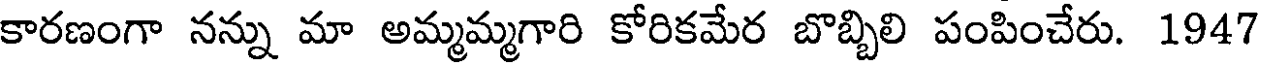
కారణంగా నన్ను మా అమ్మమ్మగారి కోరికమేర బొబ్బిలి పంపించేరు. 1947